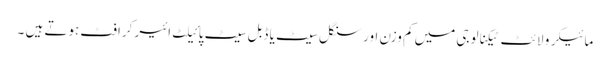
مائیکرو لائٹ ٹیکنالوجی میں کم وزن اور سنگل سیٹ یا ڈبل سیٹ پائیلٹ ائیر کرافٹ ہوتے ہیں ۔